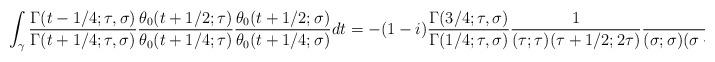
LaTeX: \begin{align*}\int_\gamma \frac{\Gamma(t - 1/4; \tau, \sigma)}{\Gamma(t + 1/4; \tau, \sigma)} \frac{\theta_0(t + 1/2; \tau)}{\theta_0(t + 1/4; \tau)} \frac{\theta_0(t + 1/2; \sigma)}{\theta_0(t + 1/4; \sigma)} dt = - (1 - i) \frac{\Gamma(3/4; \tau, \sigma)}{\Gamma(1/4; \tau, \sigma)} \frac{1}{(\tau; \tau)(\tau + 1/2; 2\tau)} \frac{1}{(\sigma; \sigma) (\sigma + 1/2; 2\sigma)},\end{align*}